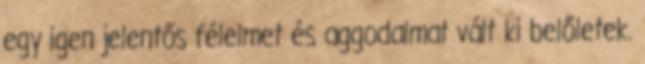
egy igen jelentős félelmet és aggodalmat vált ki belőletek.